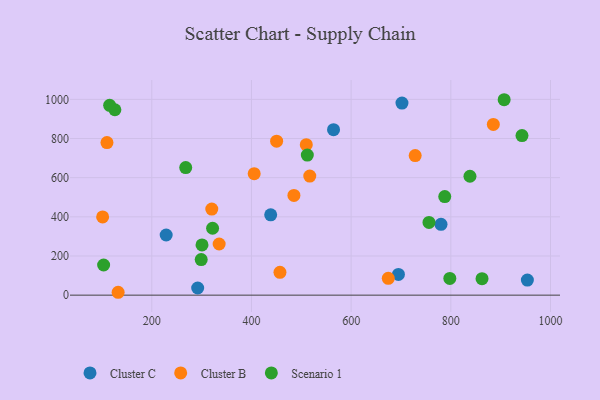
{"axis": {"x": "Speed", "y": "Demand"}, "legend": ["Cluster B", "Cluster C", "Scenario 1"], "data": [{"x": "564.7", "y": 845.1, "type": "Cluster C"}, {"x": "702.0", "y": 980.8, "type": "Cluster C"}, {"x": "953.6", "y": 76.8, "type": "Cluster C"}, {"x": "780.3", "y": 361.8, "type": "Cluster C"}, {"x": "694.9", "y": 105.7, "type": "Cluster C"}, {"x": "228.9", "y": 307.1, "type": "Cluster C"}, {"x": "292.1", "y": 36.6, "type": "Cluster C"}, {"x": "438.6", "y": 410.3, "type": "Cluster C"}, {"x": "320.4", "y": 439.5, "type": "Cluster B"}, {"x": "885.3", "y": 871.9, "type": "Cluster B"}, {"x": "405.5", "y": 620.6, "type": "Cluster B"}, {"x": "510.0", "y": 768.4, "type": "Cluster B"}, {"x": "450.5", "y": 786.5, "type": "Cluster B"}, {"x": "674.5", "y": 86.2, "type": "Cluster B"}, {"x": "457.2", "y": 116.7, "type": "Cluster B"}, {"x": "485.2", "y": 509.4, "type": "Cluster B"}, {"x": "335.2", "y": 261.2, "type": "Cluster B"}, {"x": "728.5", "y": 713.1, "type": "Cluster B"}, {"x": "110.1", "y": 779.1, "type": "Cluster B"}, {"x": "132.5", "y": 14.7, "type": "Cluster B"}, {"x": "517.0", "y": 608.2, "type": "Cluster B"}, {"x": "101.4", "y": 399.6, "type": "Cluster B"}, {"x": "512.1", "y": 715.3, "type": "Scenario 1"}, {"x": "300.8", "y": 256.4, "type": "Scenario 1"}, {"x": "103.4", "y": 154.0, "type": "Scenario 1"}, {"x": "126.0", "y": 946.9, "type": "Scenario 1"}, {"x": "756.2", "y": 371.5, "type": "Scenario 1"}, {"x": "322.0", "y": 341.8, "type": "Scenario 1"}, {"x": "115.5", "y": 969.5, "type": "Scenario 1"}, {"x": "798.0", "y": 85.4, "type": "Scenario 1"}, {"x": "838.4", "y": 607.3, "type": "Scenario 1"}, {"x": "907.0", "y": 998.1, "type": "Scenario 1"}, {"x": "942.8", "y": 815.1, "type": "Scenario 1"}, {"x": "787.8", "y": 503.4, "type": "Scenario 1"}, {"x": "862.6", "y": 84.1, "type": "Scenario 1"}, {"x": "268.1", "y": 651.8, "type": "Scenario 1"}, {"x": "299.2", "y": 181.6, "type": "Scenario 1"}]}